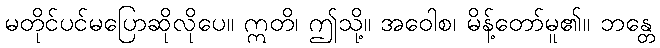
မတိုင်ပင်မပြောဆိုလိုပေ။ ဣတိ၊ ဤသို့။ အဝေါစ၊ မိန့်တော်မူ၏။ ဘန္တေ